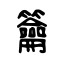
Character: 籥